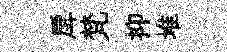
戽梵抑堆